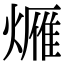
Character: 𤏚